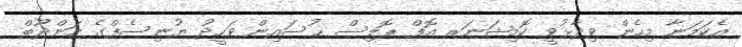
އެކަމަނާ މިހެން ވިދާޅުވީ ކޮމިޝަނަރ އޮފް ޕޮލިސް ޙުސައިން ވަހީދު ޔުނިސެފްގެ މަންދޫބް